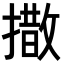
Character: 𪮫